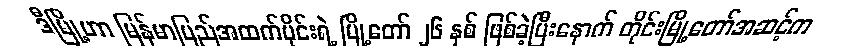
ဒီမြို့ဟာ မြန်မာပြည်အထက်ပိုင်းရဲ့ မြို့တော် ၂၆ နှစ် ဖြစ်ခဲ့ပြီးနောက် တိုင်းမြို့တော်အဆင့်က